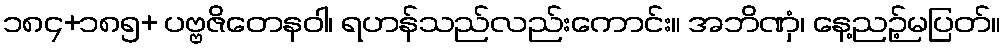
၁၈၄+၁၈၅+ ပဗ္ဗဇိတေနဝါ၊ ရဟန်သည်လည်းကောင်း။ အဘိဏှံ၊ နေ့ညဉ့်မပြတ်။